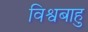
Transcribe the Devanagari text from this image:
विश्वबाहु